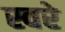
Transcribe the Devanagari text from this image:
स्वरे